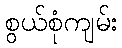
စွယ်စုံကျမ်း